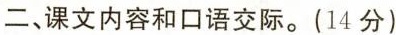
二、课文内容和口语交际。(14分)